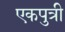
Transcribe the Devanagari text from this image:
एकपुत्री